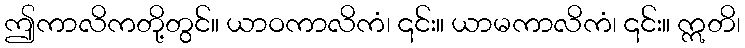
ဤကာလိကတို့တွင်။ ယာဝကာလိကံ၊ ၎င်း။ ယာမကာလိကံ၊ ၎င်း။ ဣတိ၊